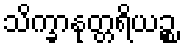
သိက္ခာနုတ္တရိယဉ္စ